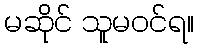
မဆိုင် သူမဝင်ရ။